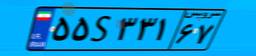
۵۵S۳۳۱۶۷